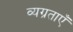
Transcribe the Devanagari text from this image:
व्यग्रताएँ